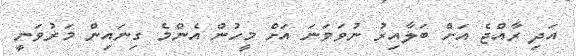
އަދި ރާއްޖެ އަށް ބަލާއިރު ނުވަވަނަ އަށް މީހުން އެންމެ ގިނައިން މަރުވަނީ